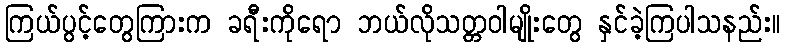
ကြယ်ပွင့်တွေကြားက ခရီးကိုရော ဘယ်လိုသတ္တဝါမျိုးတွေ နှင်ခဲ့ကြပါသနည်း။